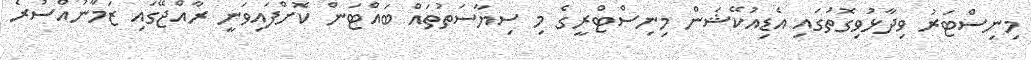
މިނިސްޓަރު ވިދާޅުވިގޮތުގައި އެޑިއުކޭޝަން މިނިސްޓްރީގެ މި ސިޔާސަތުތައް ބައްޓަން ކޮށްފައިވަނީ ރާއްޖޭގައި ޒަމާނުއްސުރެ